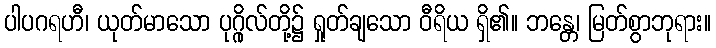
ပါပဂရဟီ၊ ယုတ်မာသော ပုဂ္ဂိုလ်တို့၌ ရှုတ်ချသော ဝီရိယ ရှိ၏။ ဘန္တေ၊ မြတ်စွာဘုရား။